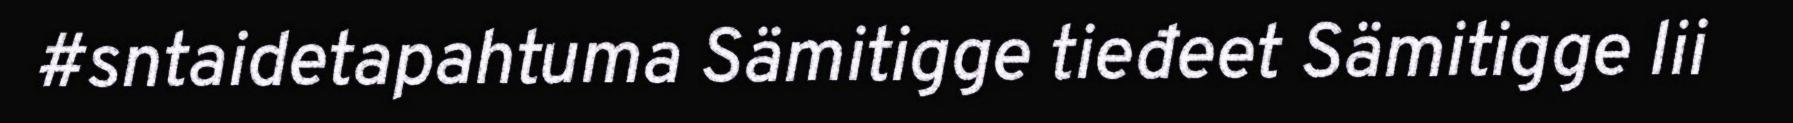
#sntaidetapahtuma Sämitigge tieđeet Sämitigge lii